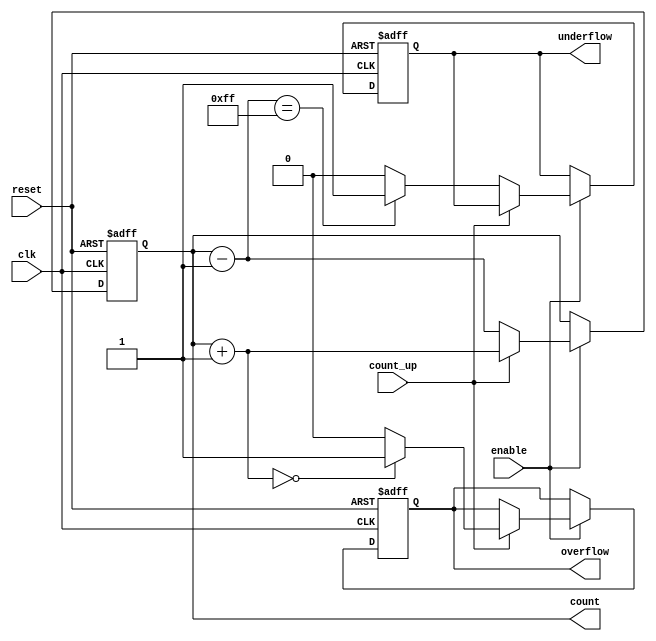
module MemoryBlocksBinaryCounter #(
    parameter BIT_WIDTH = 8 // Configurable bit width (default is 8 bits)
)(
    input wire clk,           // Clock signal
    input wire reset,         // Asynchronous reset
    input wire enable,        // Enable signal
    input wire count_up,      // Count up control signal
    output reg [BIT_WIDTH-1:0] count, // Current count value
    output reg overflow,      // Overflow signal
    output reg underflow      // Underflow signal
);

// Internal signal to hold the next count value
reg [BIT_WIDTH-1:0] next_count;

// Synchronous reset and counting logic
always @(posedge clk or posedge reset) begin
    if (reset) begin
        count <= 0; // Reset count to 0
        overflow <= 0;
        underflow <= 0;
    end else if (enable) begin
        // Counting logic
        if (count_up) begin
            next_count = count + 1;
            if (next_count == 0) begin
                overflow <= 1; // Overflow detected
            end else begin
                overflow <= 0;
            end
        end else begin
            next_count = count - 1;
            if (next_count == {BIT_WIDTH{1'b1}}) begin
                underflow <= 1; // Underflow detected
            end else begin
                underflow <= 0;
            end
        end
        count <= next_count; // Update count
    end
end

endmodule